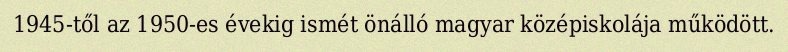
1945-től az 1950-es évekig ismét önálló magyar középiskolája működött.